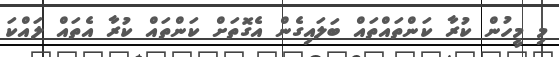
މި މީހުން ކުރާ ކަންތައްތައް ބަލައިގެން އެގޮތަށް ކަންތައް ކުރާ އެތައް ލައްކަ